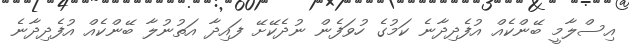
އިސްލާމީ ބޭންކެއް އުފެދިދާނެ ކަމުގެ ހުވަފެން ނުދެކޭށޭ ފައިދާ އަތުނުލާ ބޭންކެއް އުފެދިދާނެ